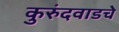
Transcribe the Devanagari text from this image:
कुरुंदवाडचे